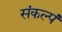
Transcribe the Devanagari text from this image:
संकल्पं